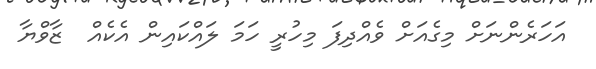
އަހަރެންނަށް މިގެއަށް ވެއްދިފަ މިހުރީ ހަމަ ލައްކައިން އެކެއް  ޒާވްޔާ